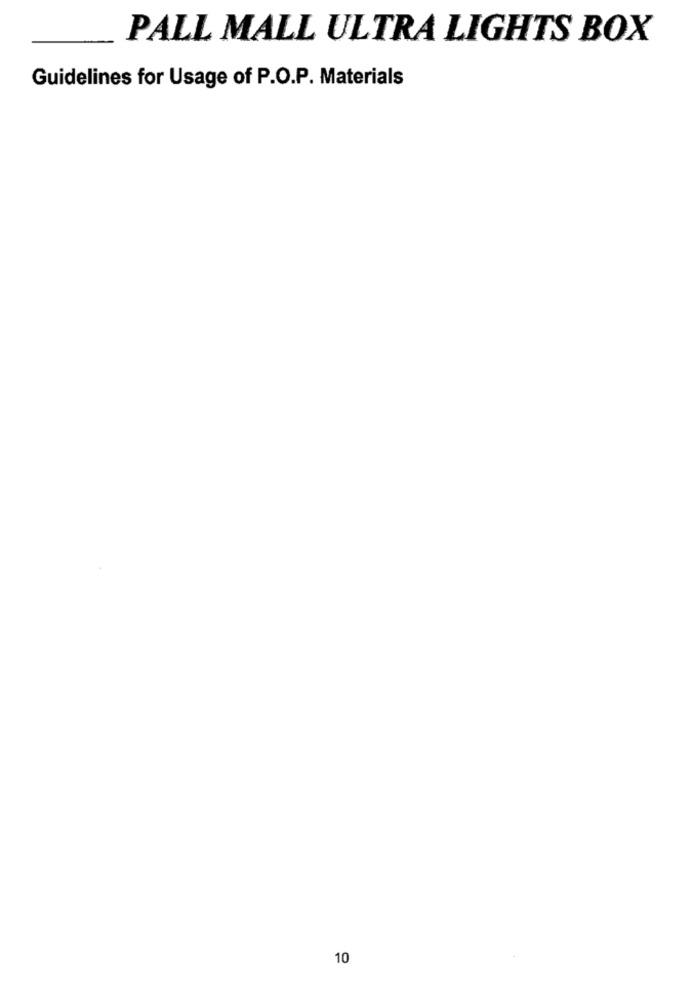
PALL MALL ULTRA LIGHTS BOX
Guidelines for Usage of P.O.P. Materials
10